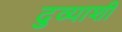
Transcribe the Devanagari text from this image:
दुव्याशी